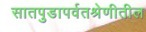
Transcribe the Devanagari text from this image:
सातपुडापर्वतश्रेणीतील